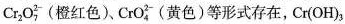
CR_{2}O_{7}^{2-}(橙红色)、CrO_{4}^{2-}(黄色)等形式存在，Cr(OH)_{3}。